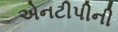
એનટીપીની